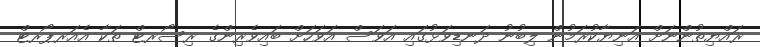
ރައްޔިތުންނަށް އަނިޔާކުރަމުން ލިބުނު ދަނޑިވަޅުގައި އަވަސް އަވަހަށް ބައިވެރިންގެ ރިސޯރޓް ތަކާ އެއަރޕޯރޓް